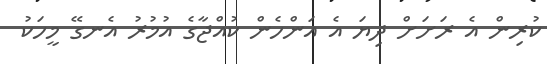
ކުރިން އެ ރަށަށް ދިޔަ އެ އަންހެން ކުއްޖާގެ އުމުރު އެނގޭ މީހަކު